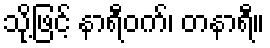
သို့ဖြင့် နာရီဝက်၊ တနာရီ။